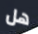
هل